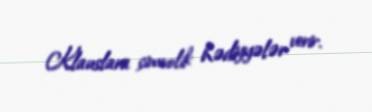
Klauslara simvolik hədiyyələr verir.